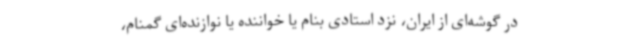
در گوشه‌ای از ایران، نزد استادی بنام یا خواننده یا نوازنده‌ای گمنام،